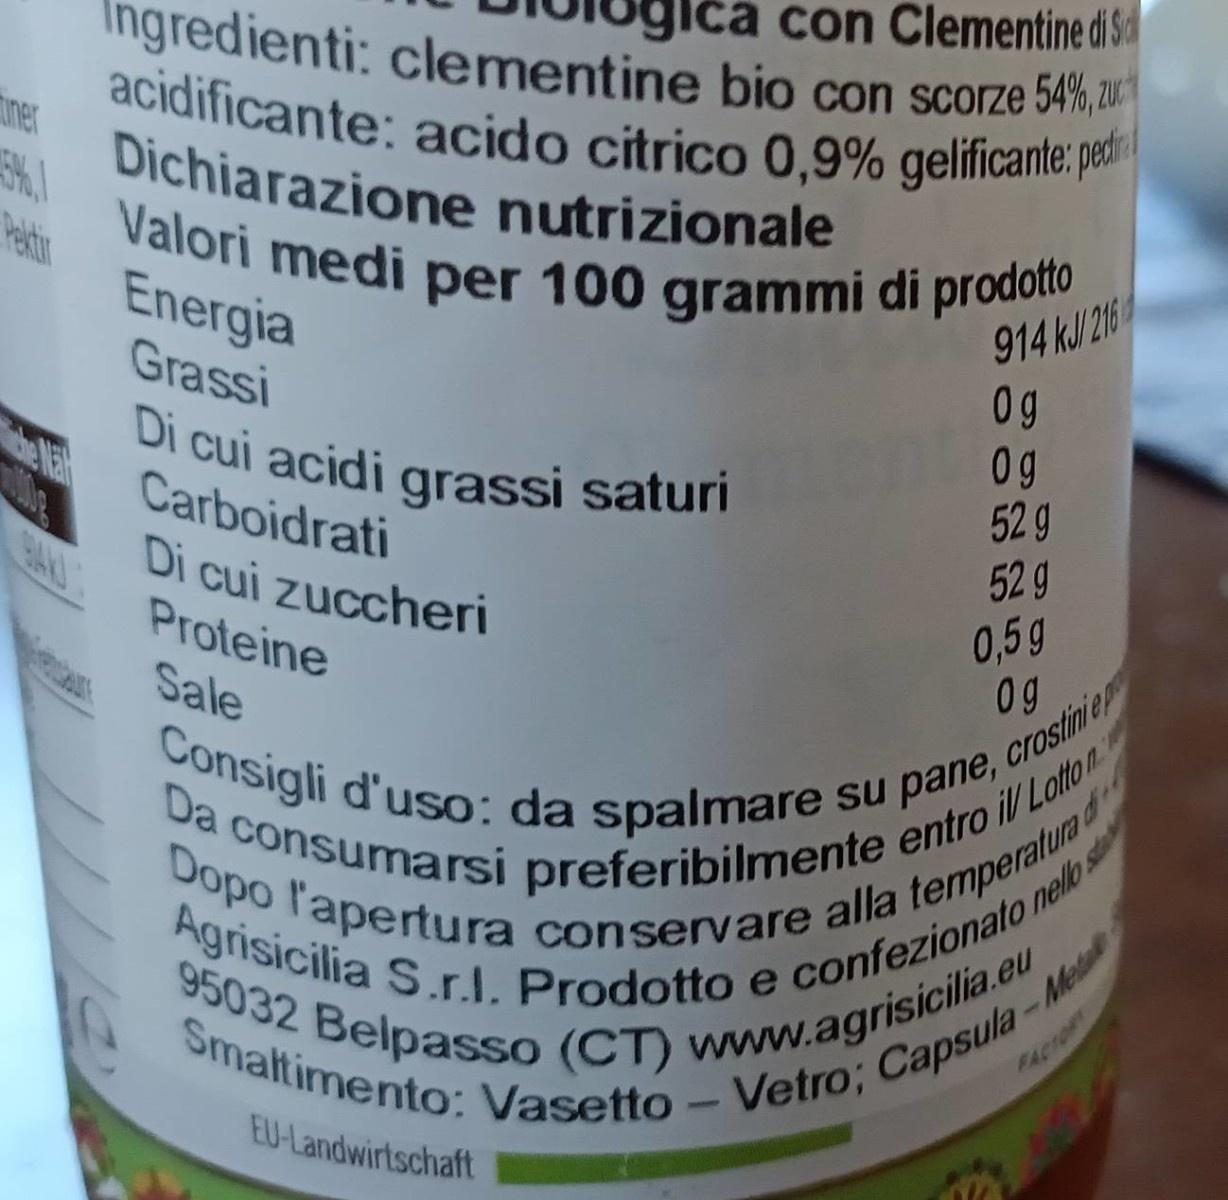
Da consumarsi preferibilmente entro ilV Lotto n 95032 Belpasso (CT) www.agrisicilia.eu Valori medi per 100 grammi di prodoto Ingredienti: clementine bio con scorze 54%, 2u acidificante: acido citrico 0,9% gelificante: peti
con Clementine di Sd
ner
Dichiarazione nutrizionale
Energia Grassi
Di cui acidi grassi saturi a Carboidrati
914 kJ/216 0g 0g 52 g 52 g
Di cui zuccheri Proteine
0,59
Sale
nello st
Meda
FACIOR
EU-Landwirtschaft